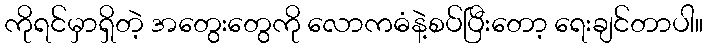
ကိုရင်မှာရှိတဲ့ အတွေးတွေကို လောကဓံနဲ့စပ်ပြီးတော့ ရေးချင်တာပါ။